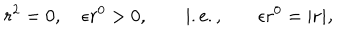
LaTeX: r ^ { 2 } = 0 , \quad \epsilon r ^ { 0 } > 0 , \qquad \mathrm { i . e . , } \qquad \epsilon r ^ { 0 } = | \bf r | ,